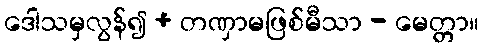
ဒေါသမှလွန်၍ + တဏှာမဖြစ်မီသာ - မေတ္တာ။